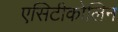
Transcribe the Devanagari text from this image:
एसिटीकोलिन